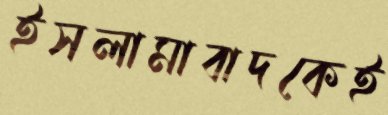
ইসলামাবাদকেই